65_HS1-834228961_62-HQ-83894_Section_7
Agency: FBI
Page 195
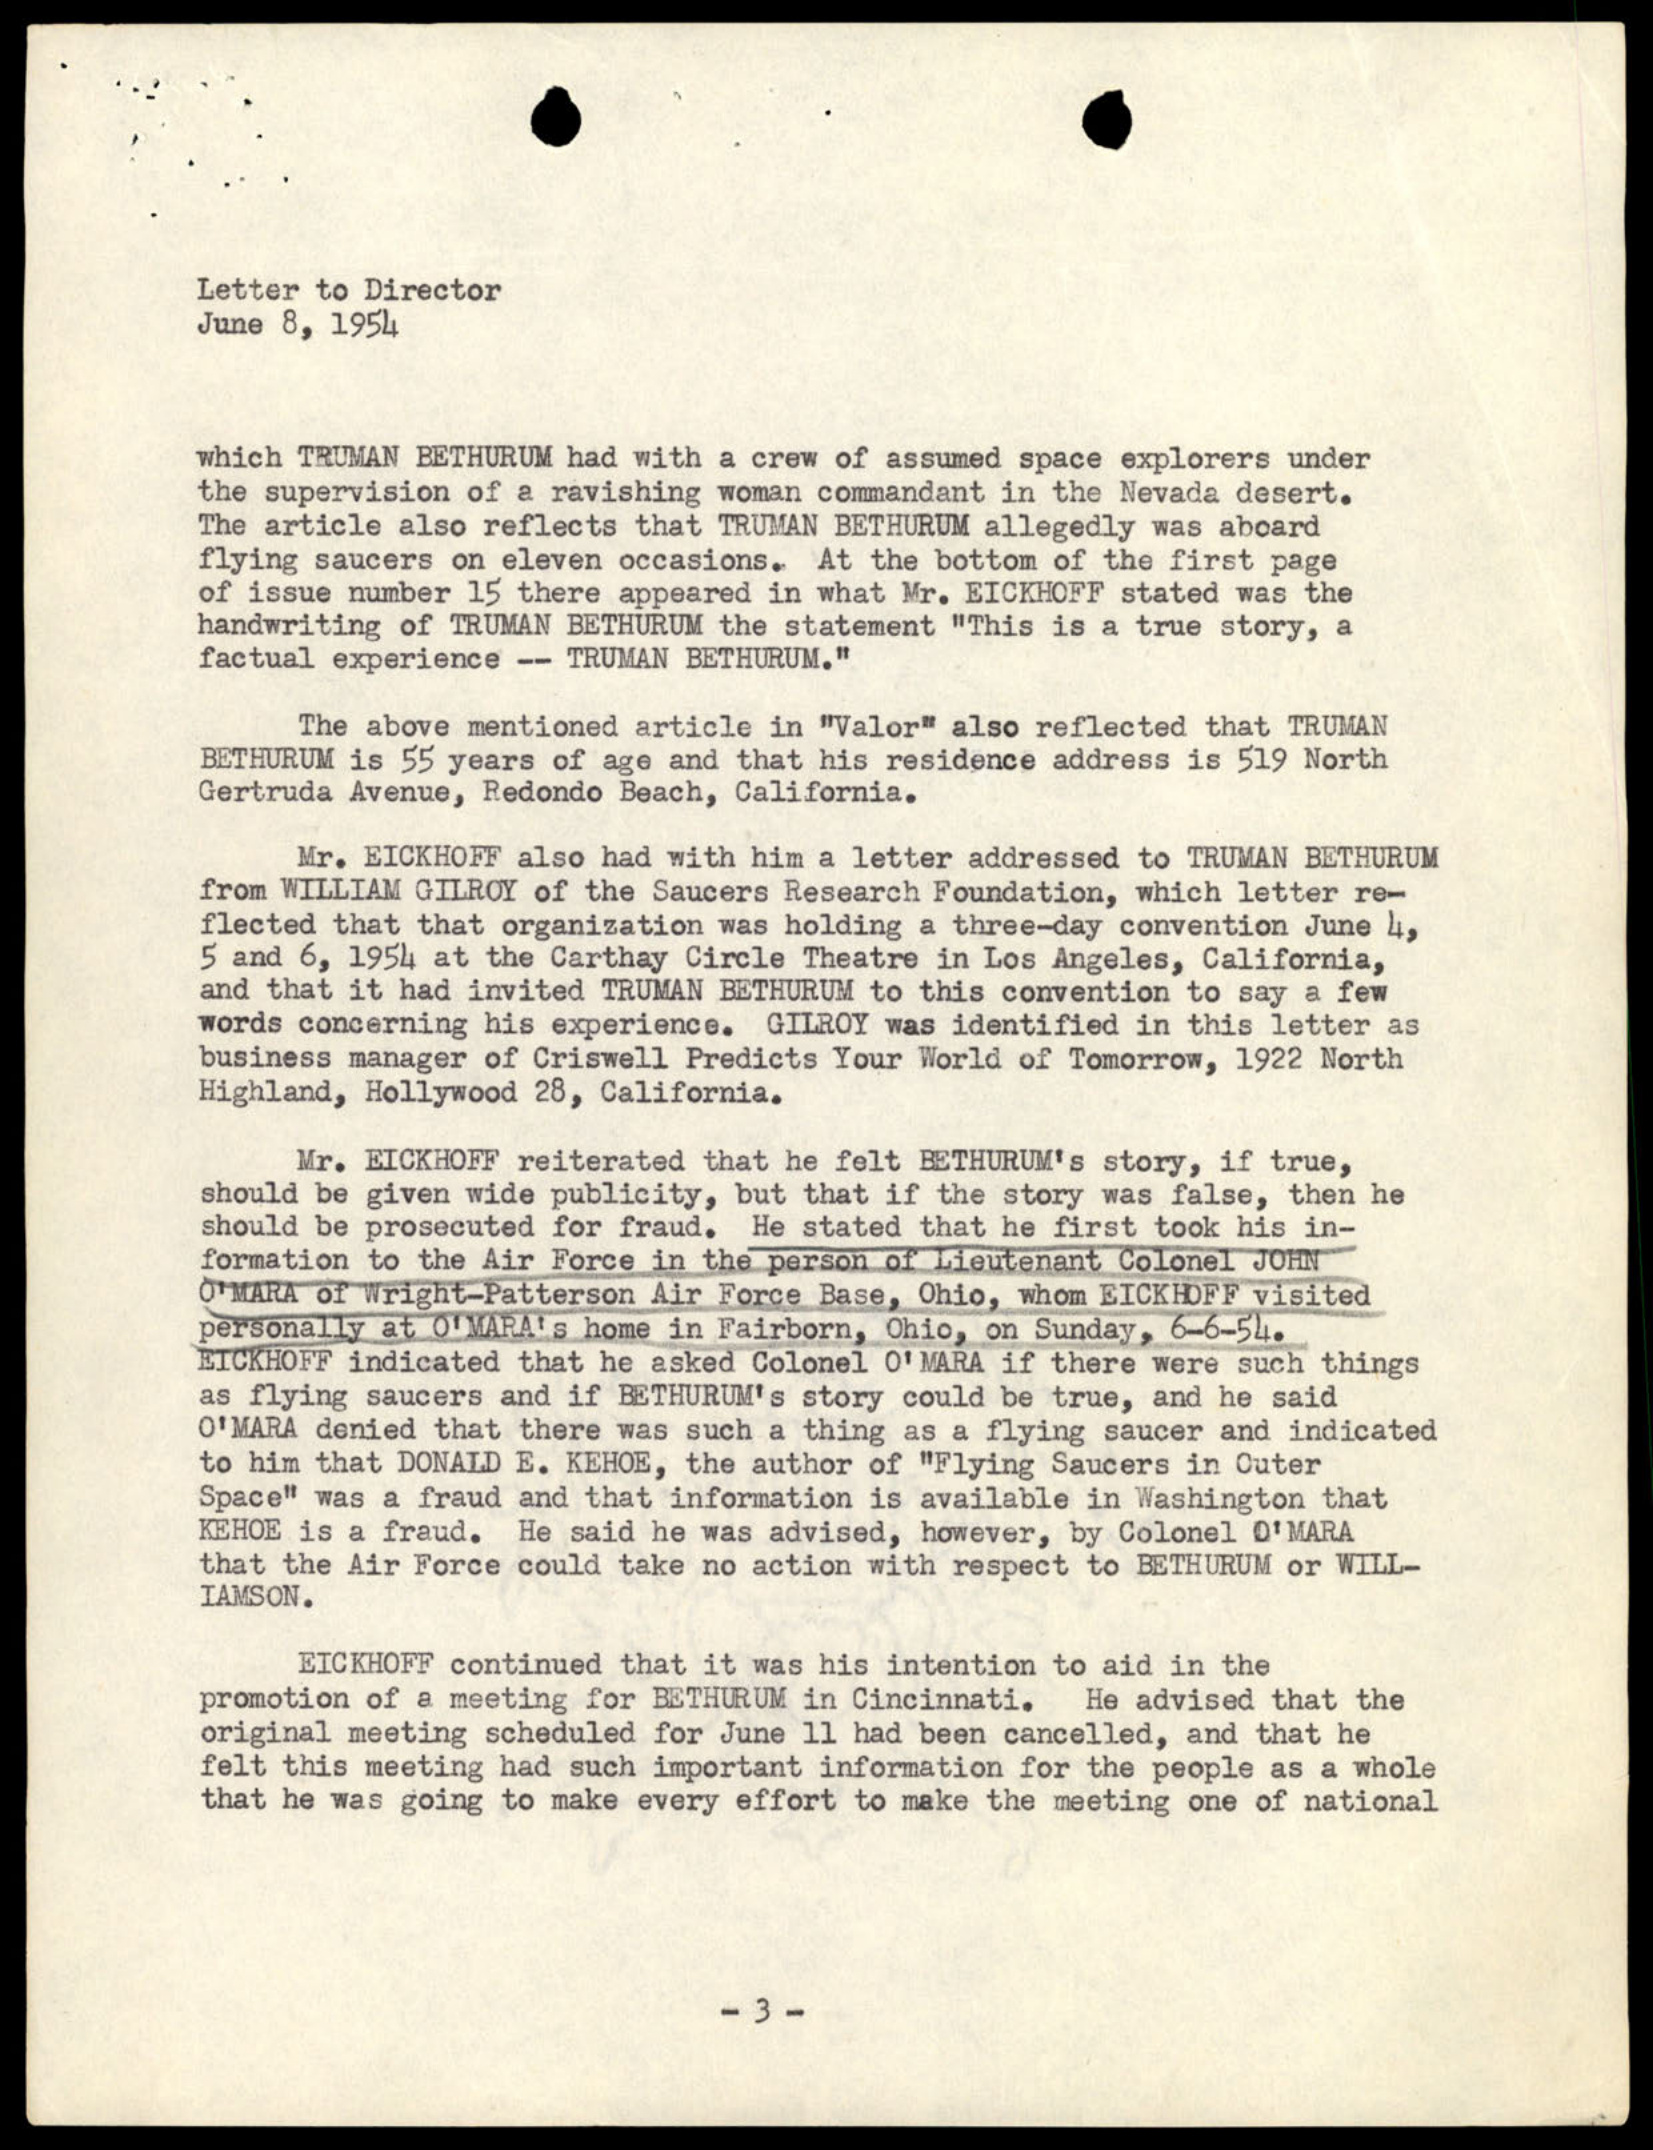